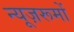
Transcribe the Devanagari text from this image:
न्यूज़रूमों